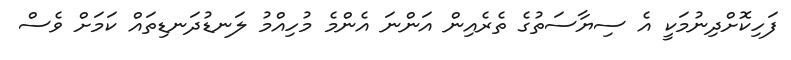
ފަހިކޮށްދިނުމަކީ އެ ސިޔާސަތުގެ ތެރެއިން އަންނަ އެންމެ މުހިއްމު ލަނޑުދަނޑިތައް ކަމަށް ވެސް